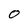
Character: O